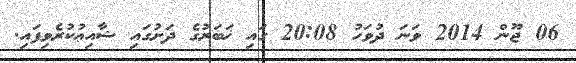
06 ޖޫން 2014 ވަނަ ދުވަހު 20:08 ގައި ޚަބަރުގެ ދަށުގައި ޝާއިޢުކުރެވިފައި.